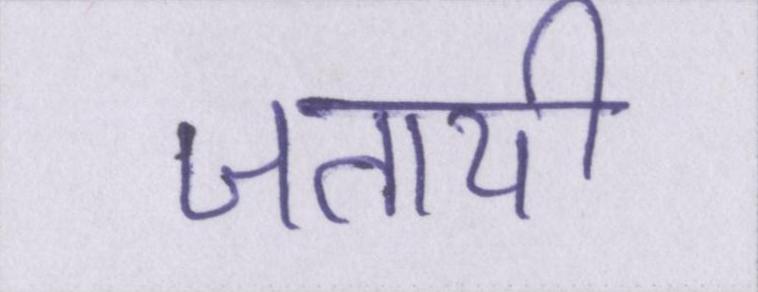
जतायी